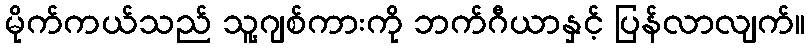
မိုက်ကယ်သည် သူ့ဂျစ်ကားကို ဘက်ဂီယာနှင့် ပြန်လာလျက်။